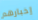
إخبارهم